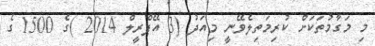
މި މަގާމުތަކަށް ކުރިމަތިލެވޭނީ މިއަދު (3 އޭޕްރީލް 2014 )ގެ 1500 ގެ